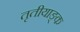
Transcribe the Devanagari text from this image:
तृतीयाङ्क